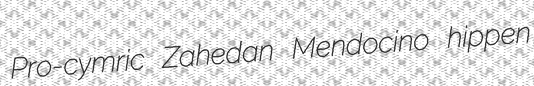
Pro-cymric Zahedan Mendocino hippen